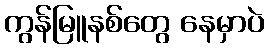
ကွန်မြူနစ်တွေ နေမှာပဲ